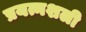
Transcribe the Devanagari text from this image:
प्रयत्नशली